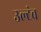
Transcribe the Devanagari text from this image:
उल्टंच